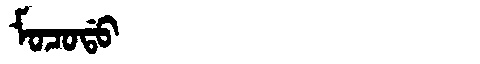
Manchu: ᠮᠣᠴᠣᡩᠣ
Romanization: MOCODO